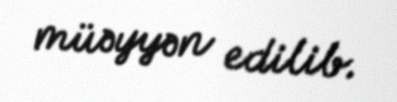
müəyyən edilib.